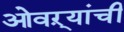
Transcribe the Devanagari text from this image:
ओवऱ्यांची